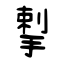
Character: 揧